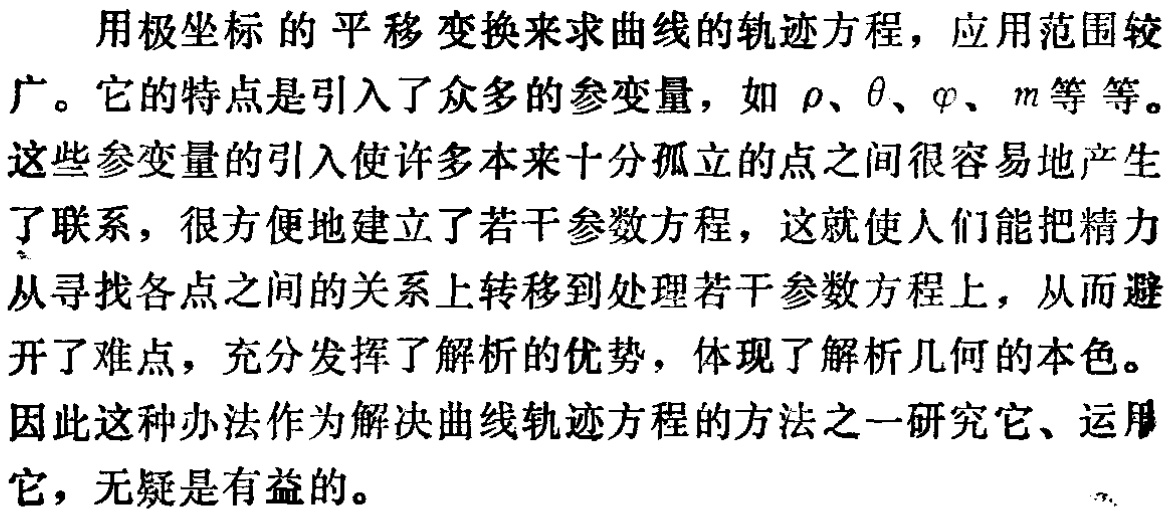
用极坐标的平移变换来求曲线的轨迹方程，应用范围较广。它的特点是引入了众多的参变量，如$\rho$、$\theta$、$\varphi$、$m$等等。这些参变量的引入使许多本来十分孤立的点之间很容易地产生了联系，很方便地建立了若干参数方程，这就使人们能把精力从寻找各点之间的关系上转移到处理若干参数方程上，从而避开了难点，充分发挥了解析的优势，体现了解析几何的本色。因此这种办法作为解决曲线轨迹方程的方法之一研究它、运用它，无疑是有益的。